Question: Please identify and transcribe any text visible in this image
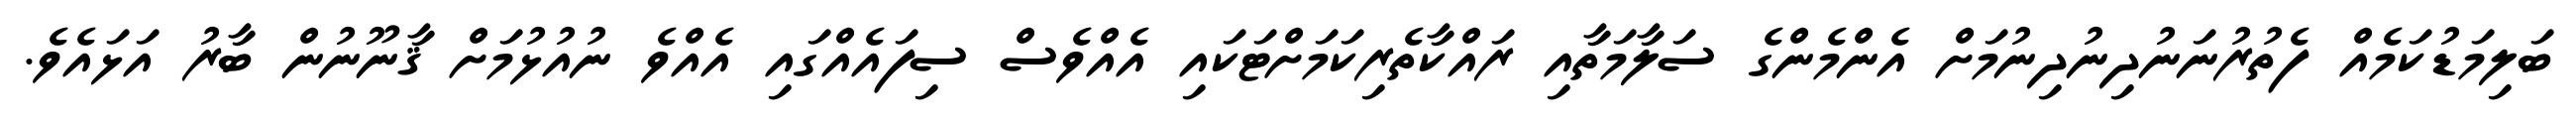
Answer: ބަލިމަޑުކަމެއް ފެތުރުނަނުދިނުދިނުމަށް އެންމެންގެ ސަލާމަތާއި ރައްކާތެރިކަމަށްޓަކައި އެއްވެސް ސިފައެއްގައި އެއްވެ ނުއުޅުމަށް ޤާނޫނުން ބާރު އަޅައެވެ.